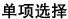
单项选择